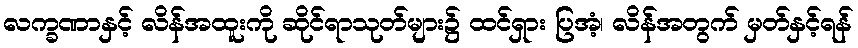
လက္ခဏာနှင့် လိန်အထူးကို ဆိုင်ရာသုတ်များ၌ ထင်ရှား ပြအံ့၊ လိန်အတွက် မှတ်နှင့်ရန်